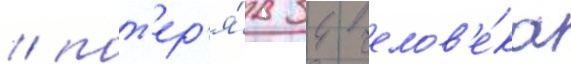
/ пот'ер'я́в 34 челов'е́ка